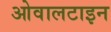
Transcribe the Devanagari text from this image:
ओवालटाइन